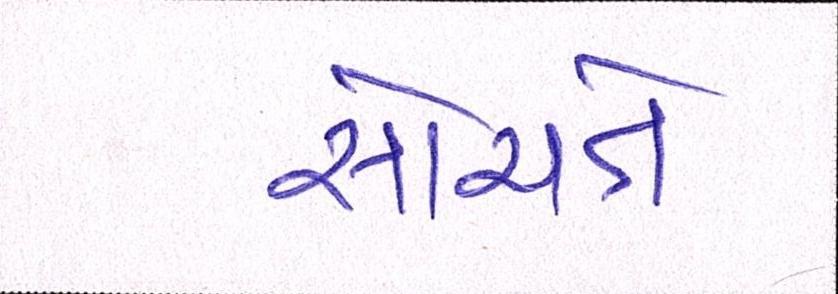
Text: સોચતે